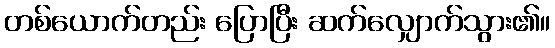
တစ်ယောက်တည်း ပြောပြီး ဆက်လျှောက်သွား၏။